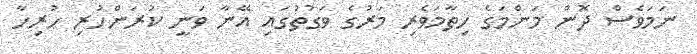
ނަމަވެސް ދޮން މަންމަގެ ހިތާމަވެރި މަރުގެ ވަގުތުގައި އޭނާ ވަނީ ކުރަންހުރި ހުރިހާ